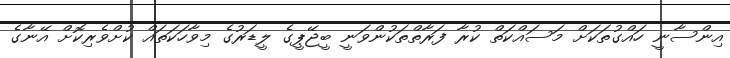
އިންސާނީ ހައްގުތަކަށް މަސައްކަތް ކުރާ ފަރާތްތަކުންވަނީ ބީޖޭޕީގެ ލީޑަރުގެ މިވާހަކަތައް ކުށްވެރިކޮށް އޭނާގެ